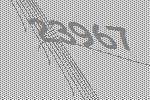
23967